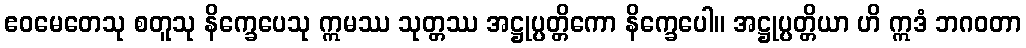
ဧဝမေတေသု စတူသု နိက္ခေပေသု ဣမဿ သုတ္တဿ အဋ္ဌုပ္ပတ္တိကော နိက္ခေပေါ။ အဋ္ဌုပ္ပတ္တိယာ ဟိ ဣဒံ ဘဂဝတာ